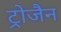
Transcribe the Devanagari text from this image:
ट्रोजैन